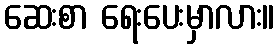
ဆေးစာ ရေးပေးမှာလား။